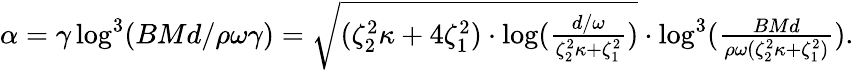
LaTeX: \begin{array}{r}{\alpha=\gamma\log^{3}(BMd/\rho\omega\gamma)=\sqrt{(\zeta_{2}^{2}\kappa+4\zeta_{1}^{2})\cdot\log(\frac{d/\omega}{\zeta_{2}^{2}\kappa+\zeta_{1}^{2}})}\cdot\log^{3}(\frac{BMd}{\rho\omega(\zeta_{2}^{2}\kappa+\zeta_{1}^{2})}).}\end{array}